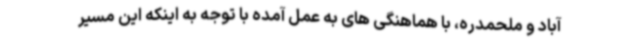
آباد و ملحمدره، با هماهنگی های به عمل آمده با توجه به اینکه این مسیر